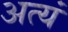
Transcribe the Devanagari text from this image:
अत्यं